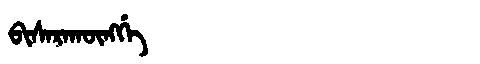
Manchu: ᠪᡳᠰᠠᡵᠠᡴᡡᠩᡤᡝ
Romanization: BISARAKŪNGGE